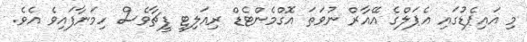
މި އައިޕެޑުގައި އެޕަލްގެ އޭއާރް ނުވަތަ އޮގްމެންޓެޑް ރިއަލިޓީ ފީޗާވެސް ހިމަނާފައިވެ އެވެ.